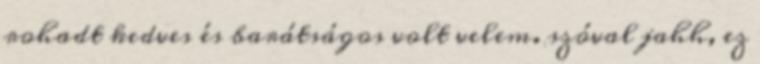
rohadt kedves és barátságos volt velem. szóval jahh, ez